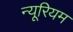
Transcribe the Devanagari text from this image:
न्यूरियम